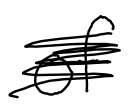
Text: of
Cross-out: scratch
Writing tool: digital_black